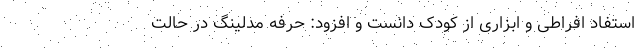
استفاد افراطی و ابزاری از کودک دانست و افزود: حرفه مدلینگ در حالت